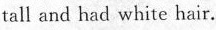
tall and had white hair.